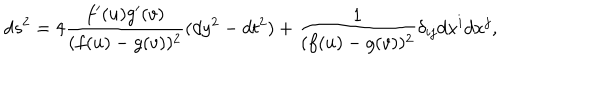
d s ^ { 2 } = 4 \frac { f ^ { \prime } ( u ) g ^ { \prime } ( v ) } { ( f ( u ) - g ( v ) ) ^ { 2 } } ( d y ^ { 2 } - d t ^ { 2 } ) + \frac { 1 } { ( f ( u ) - g ( v ) ) ^ { 2 } } \delta _ { i j } d x ^ { i } d x ^ { j } , \,